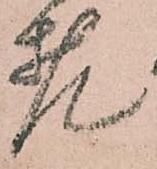
老